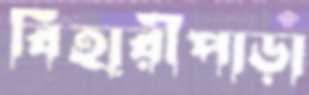
বিহারীপাড়া